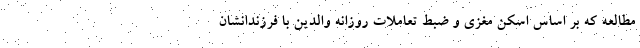
مطالعه که بر اساس اسکن مغزی و ضبط تعاملات روزانه والدین با فرزندانشان